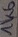
Text: 1K6